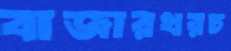
বাজারখরচ